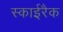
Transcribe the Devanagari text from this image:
स्काईरैक